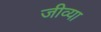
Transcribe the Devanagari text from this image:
जीव्या